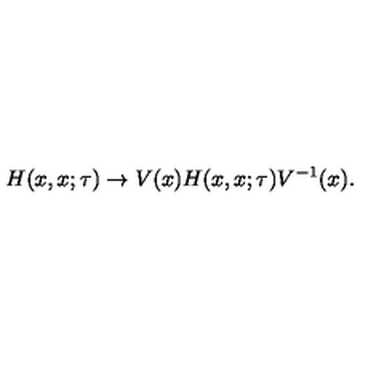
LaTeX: H ( x , x ; \tau ) \to V ( x ) H ( x , x ; \tau ) V ^ { - 1 } ( x ) .